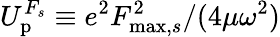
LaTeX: U_{\mathrm{p}}^{F_{s}}\equiv{e^{2}F_{\mathrm{max},s}^{2}}/{(4\mu\omega^{2})}